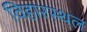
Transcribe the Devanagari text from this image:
विहारस्थल